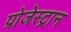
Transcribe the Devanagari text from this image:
प्रोजेस्ट्रान